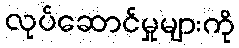
လုပ်ဆောင်မှုများကို